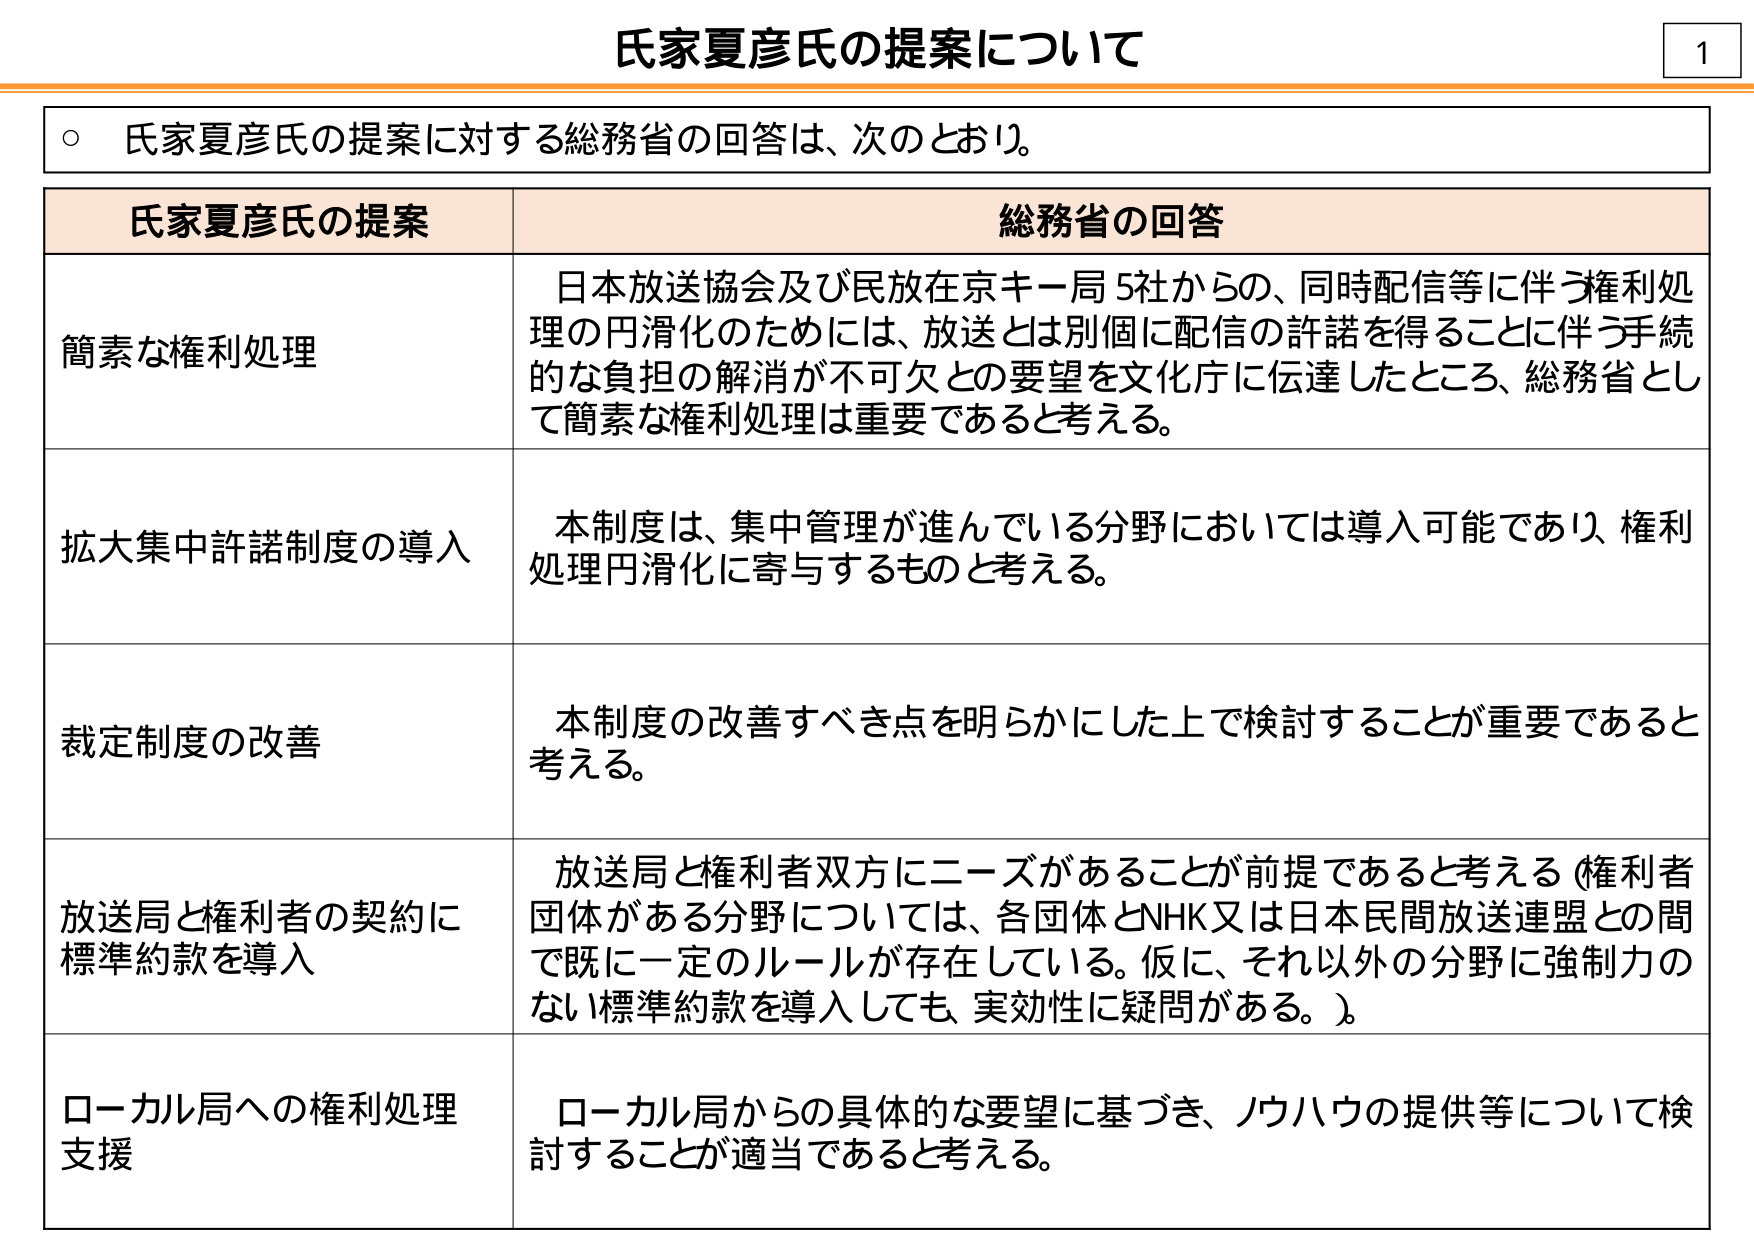
氏家夏彦氏の提案について

○ 氏家夏彦氏の提案に対する総務省の回答は、次のとおり。

氏家夏彦氏の提案　　　　　　　　　　　　　　　　　　総務省の回答

簡素な権利処理　　　　　　　　　　　　　　　　　　日本放送協会及び民放在京キー局5社からの、同時配信等に伴う権利処理の円滑化のためには、放送とは別個に配信の許諾を得ることに伴う手続的な負担の解消が不可欠との要望を文化庁に伝達したところ、総務省として簡素な権利処理は重要であると考える。

拡大集中許諾制度の導入　　　　　　　　　　　　　　本制度は、集中管理が進んでいる分野においては導入可能であり、権利処理円滑化に寄与するものと考える。

裁定制度の改善　　　　　　　　　　　　　　　　　　本制度の改善すべき点を明らかにした上で検討することが重要であると考える。

放送局と権利者の契約に標準約款を導入　　　　　　放送局と権利者双方にニーズがあることが前提であると考える（権利者団体がある分野については、各団体とNHK又は日本民間放送連盟との間で既に一定のルールが存在している。仮に、それ以外の分野に強制力のない標準約款を導入しても、実効性に疑問がある。）。

ローカル局への権利処理支援　　　　　　　　　　　ローカル局からの具体的な要望に基づき、ノウハウの提供等について検討することが適当であると考える。